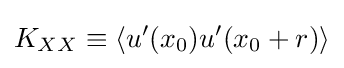
K_{XX}\equiv \langle u'(x_{0})u'(x_{0}+r)\rangle